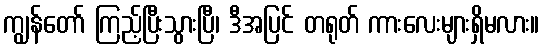
ကျွန်တော် ကြည့်ပြီးသွားပြီ၊ ဒီအပြင် တရုတ် ကားလေးများရှိမလား။